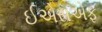
ઈએસએફ